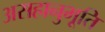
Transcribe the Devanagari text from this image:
असहानुभूति